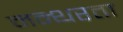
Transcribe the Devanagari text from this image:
मन्थरता